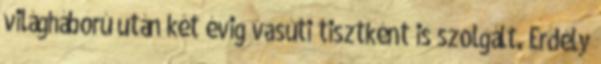
világháború után két évig vasúti tisztként is szolgált. Erdély